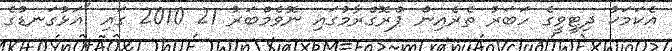
އެކަމަކު ދިޓީވީގެ ހަބަރު ތެރެއިން ޕްރޮގްރާމުގައި ނޮވެމްބަރު 21 2010 ގައި "އަޅުގަނޑުގެ